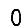
Digit: 0